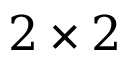
2 \times 2